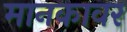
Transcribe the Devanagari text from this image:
मानकावर